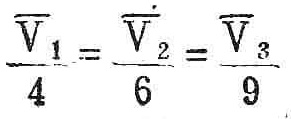
$\frac{\overline{\mathrm{V}}_{1}}{4}=\frac{\overline{\mathrm{V}}_{2}}{6}=\frac{\overline{\mathrm{V}}_{3}}{9}$